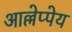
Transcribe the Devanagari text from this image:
आल्लेप्पेय